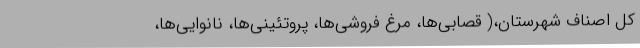
کل اصناف شهرستان،( قصابی‌ها، مرغ فروشی‌ها، پروتئینی‌ها، نانوایی‌ها،